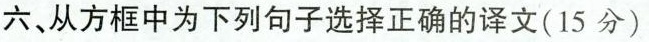
六、从方框中为下列句子选择正确的译文(15分